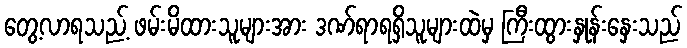
တွေ့လာရသည့် ဖမ်းမိထားသူများအား ဒဏ်ရာရရှိသူများထဲမှ ကြီးထွားနှုန်းနှေးသည်